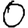
Digit: 0